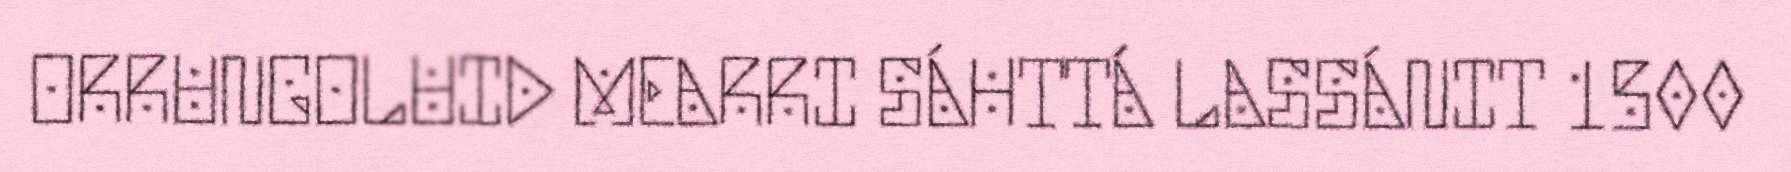
ORRUNGOLUID MEARRI SÁHTTÁ LASSÁNIT 1500